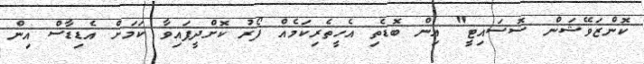
ކޮންޒަވޭޝަން ސޮސައިޓީ" އިން ބޮޑެތި އެހީތެރިކަމެއް ފޯރު ކޮށްދީފައިވާ ކަމަށް އެޑިޑާސް އިން